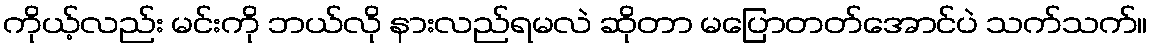
ကိုယ့်လည်း မင်းကို ဘယ်လို နားလည်ရမလဲ ဆိုတာ မပြောတတ်အောင်ပဲ သက်သက်။